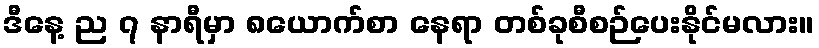
ဒီနေ့ ည ၇ နာရီမှာ ၈ယောက်စာ နေရာ တစ်ခုစီစဉ်ပေးနိုင်မလား။